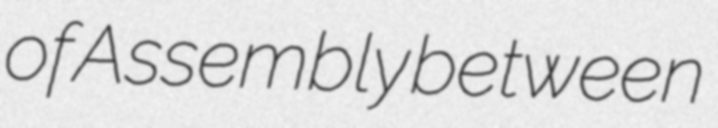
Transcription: of Assembly between